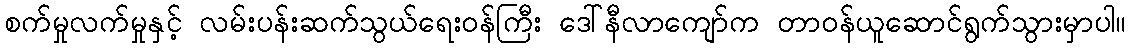
စက်မှုလက်မှုနှင့် လမ်းပန်းဆက်သွယ်ရေးဝန်ကြီး ဒေါ်နီလာကျော်က တာဝန်ယူဆောင်ရွက်သွားမှာပါ။